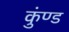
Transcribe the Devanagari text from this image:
कुंण्ड